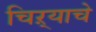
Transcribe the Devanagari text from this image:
चिऱ्याचे